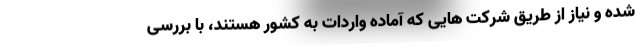
شده و نیاز از طریق شرکت هایی که آماده واردات به کشور هستند، با بررسی